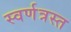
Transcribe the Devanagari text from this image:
स्वर्णत्रस्त